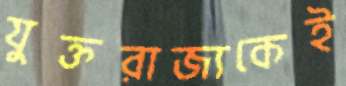
যুক্তরাজ্যকেই